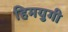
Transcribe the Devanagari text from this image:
हिमयुगी